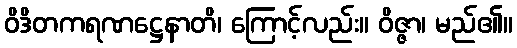
ဝိဒိတကရဏဋ္ဌေနာတိ၊ ကြောင့်လည်း။ ဝိဇ္ဇာ၊ မည်၏။